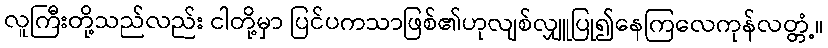
လူကြီးတို့သည်လည်း ငါတို့မှာ ပြင်ပကသာဖြစ်၏ဟုလျစ်လျှူပြု၍နေကြလေကုန်လတ္တံ့။